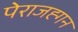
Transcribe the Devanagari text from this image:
पेराजह्गन